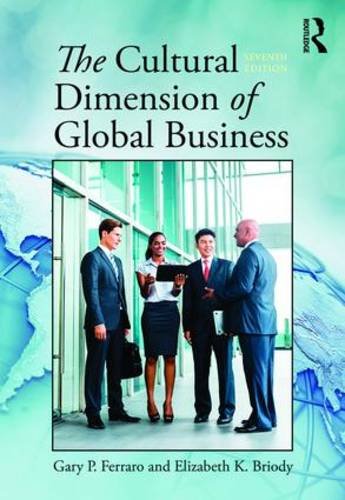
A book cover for Cultural Dimension of Global Business; Gary Ferraro; Science & Math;